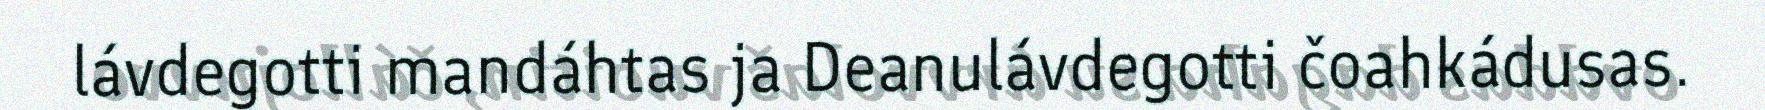
lávdegotti mandáhtas ja Deanulávdegotti čoahkádusas.